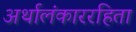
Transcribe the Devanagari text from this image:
अर्थालंकाररहिता